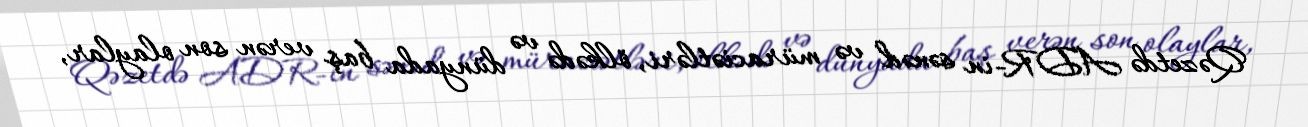
Qəzetdə ADR-in sənəd və müraciətləri, ölkədə və dünyada baş verən son olaylar,